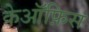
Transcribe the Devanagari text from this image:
केऑफ़िस